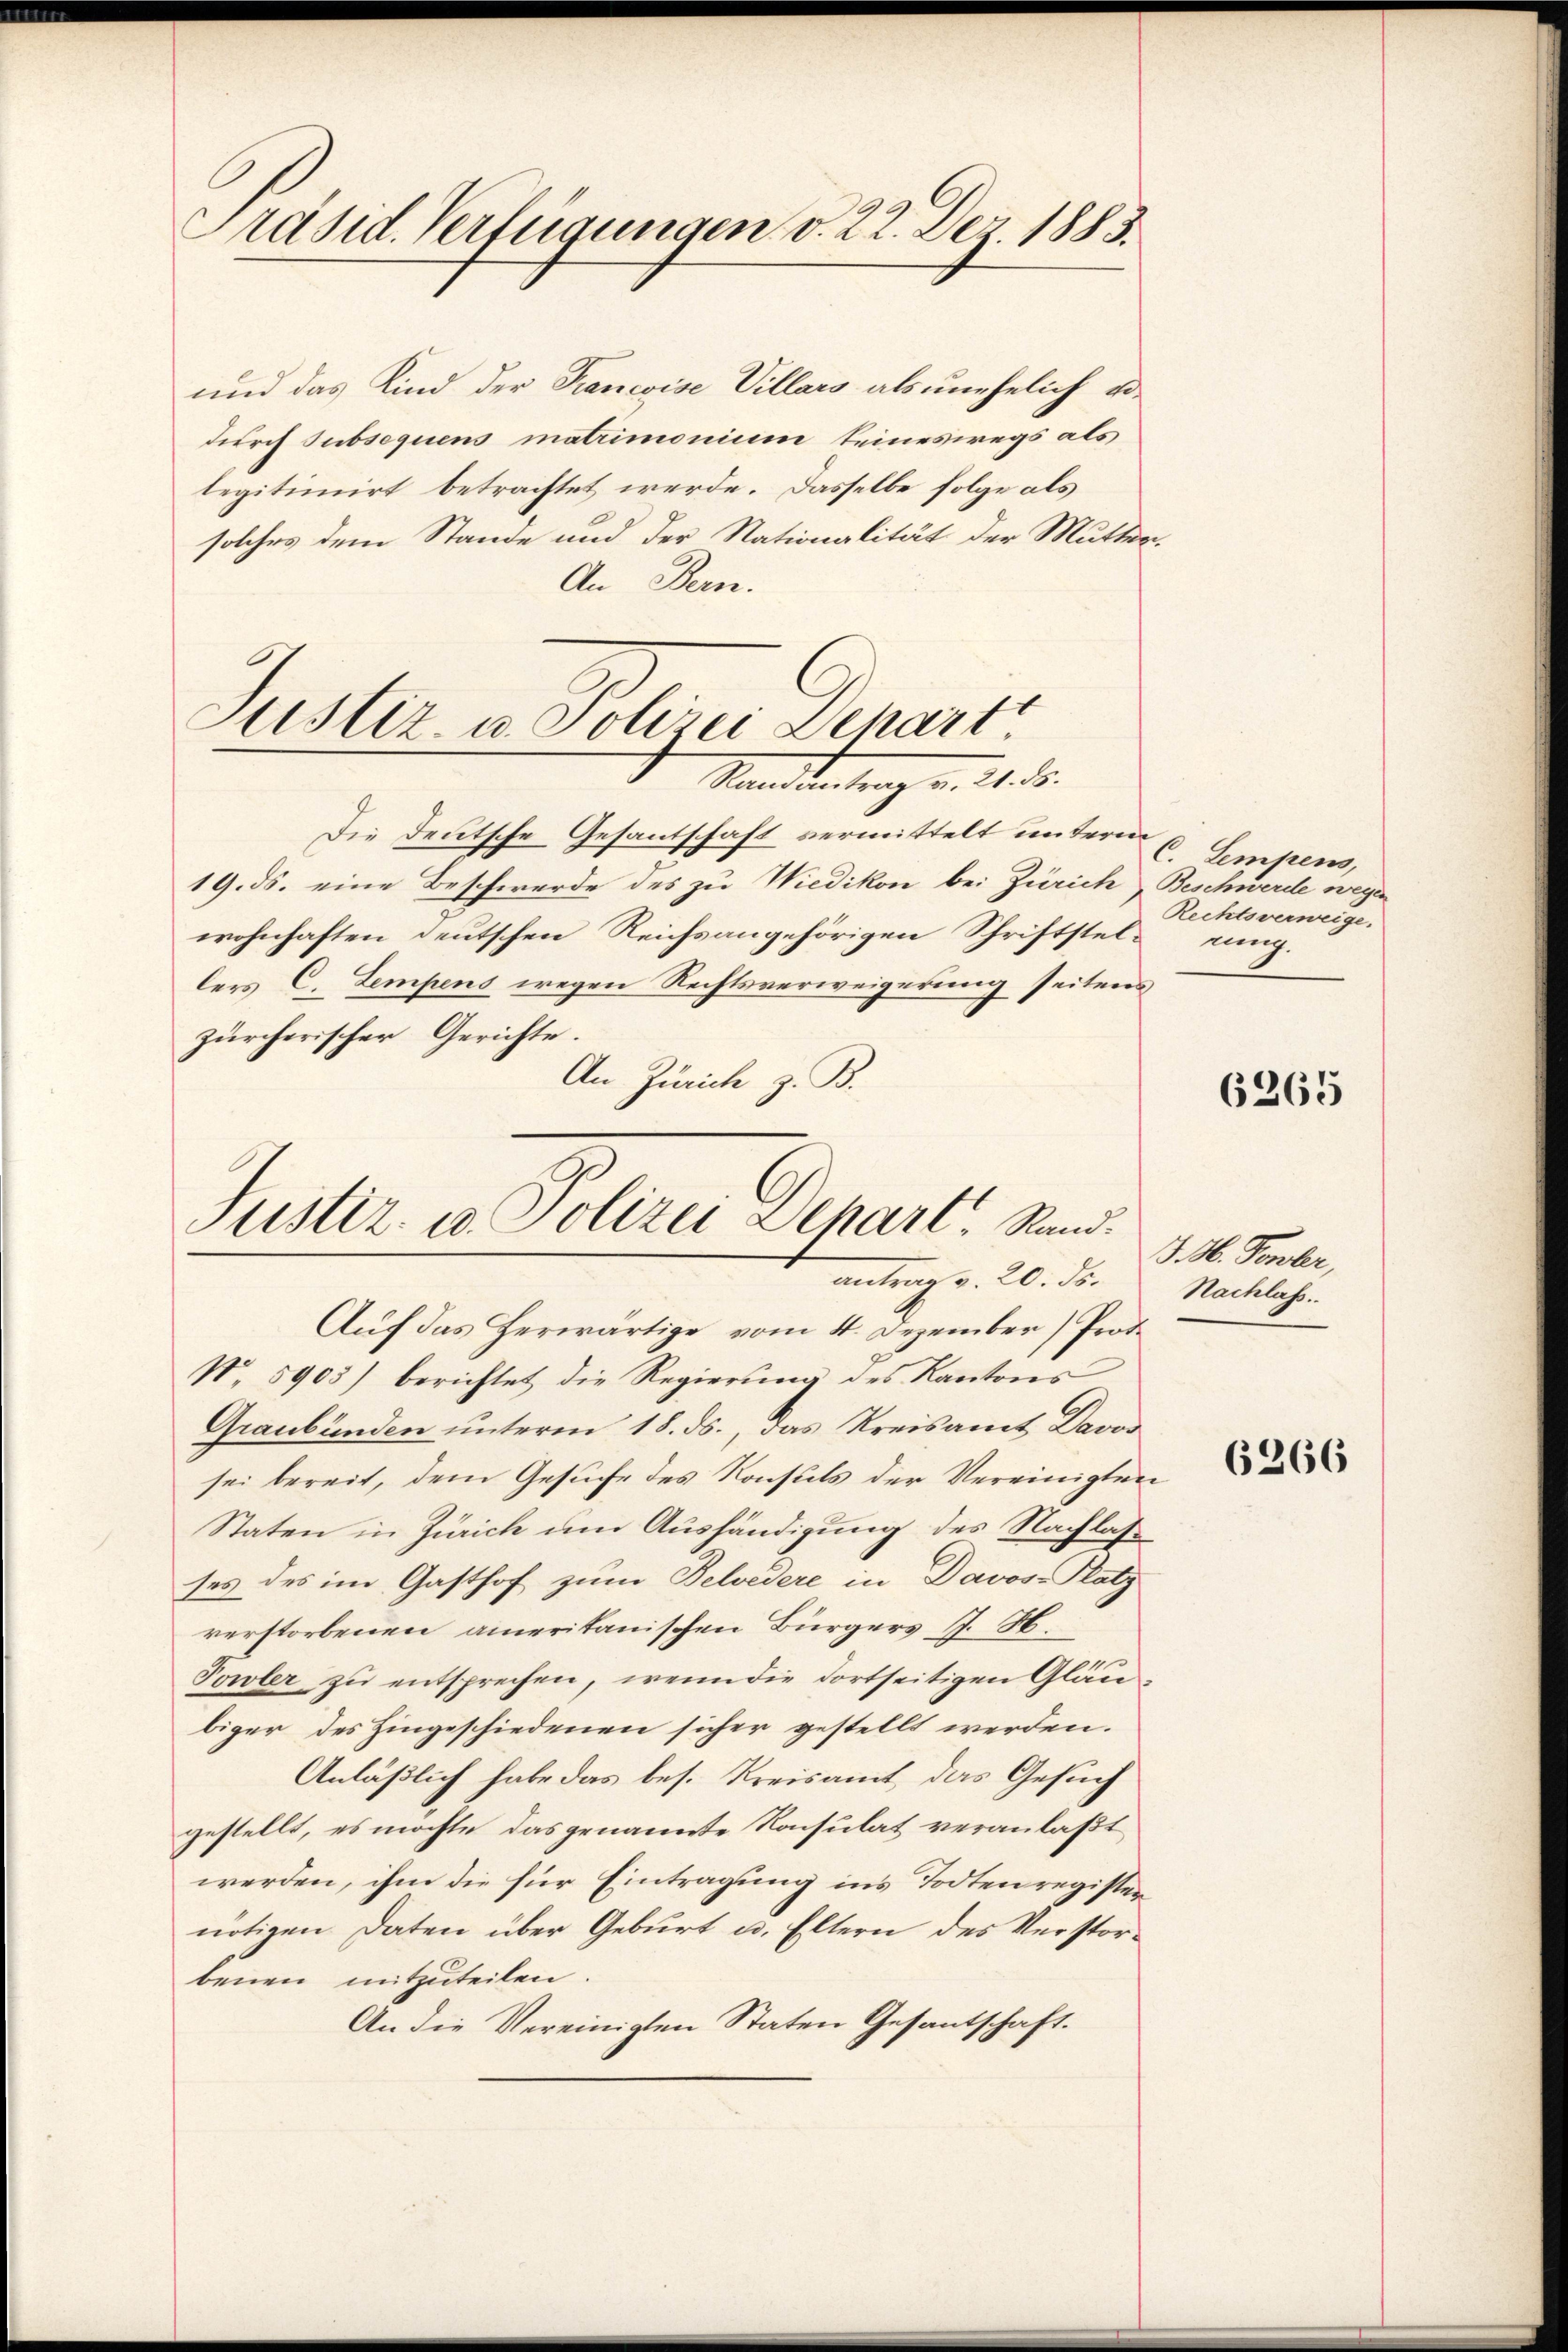
Präsid. Verfügungen v. 22. Der 1883.

und das Kind der Francoise Villars als unehelich eidurch subsequens matrimonium seineswegs als
legitimirt betrachtet werde. Dasselbe folge als
solches dem Stande und der Nationalität der Mutter¬
An Bern.

Justiz- u. Polizei Depart
Standentrag v. 24. d.

Die deutsche Gesantschaft vermittelt untern u. Empens,
19. ds. eine Beschwerde des zu Wiedikon bei Zürich, Beschwerde wegen
wohnhaften deutschen Reichsangehörigen Schriftstellers C. Lempens wegen Rechtsverweigerung seitens
zürcherischer Gerichte.
An Zürich z. B.

Justiz- u. Polizei Schart, Rand.
v. 20. ds.

Rechtsverweige,
ung.

Auf das herwärtige vom 4. Dezember Prot.
N. 5905) berichtet die Regierŭng des Kantons
Graubünden unterm 18. ds., das Kreisamt Davos
sei bereit, dem Gesuche des Konsuls der Vereinigten
Staten in Zürich um Aushändigung des Nachlasses des im Gasthof zum Belvedere in Davos- Platz
rerstorbenen ameritanischen Bürgers J. H.
Towler zu entsprechen, wenn die dortseitigen Gläubiger des hingeschiedenen sicher gestellt werden.
Anläßlich habe das bes. Kreisamt, das Gesuch
gestellt, es möchte das genannte Konsulat veranlaßt
werden, ihm die für Eintragung ins Todten register
nötigen Daten über Geburt u. Eltern des Verstorbenen mitzuteilen.
An die Vereinigten Staten Gesantschaft.

6265

. M. Somber,
Nachlass.

6266